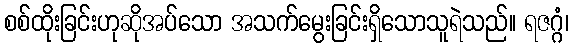
စစ်ထိုးခြင်းဟုဆိုအပ်သော အသက်မွေးခြင်းရှိသောသူရဲသည်။ ရဇဂ္ဂံ၊